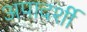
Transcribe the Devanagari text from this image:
अपादर्शी